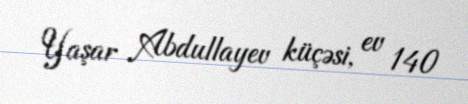
Yaşar Abdullayev küçəsi, ev 140